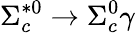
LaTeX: \Sigma_{c}^{*0}\to\Sigma_{c}^{0}\gamma